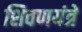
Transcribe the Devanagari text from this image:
शिवणयंत्रे